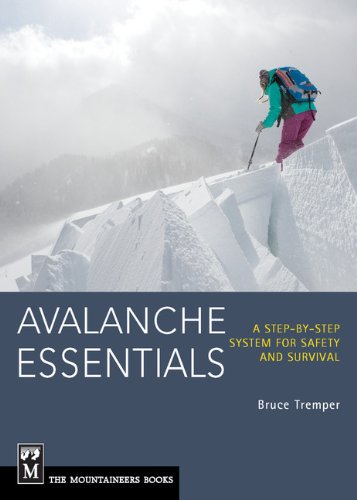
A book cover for Avalanche Essentials: A Step by Step System For Safety and Survival; Bruce Tremper; Sports & Outdoors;